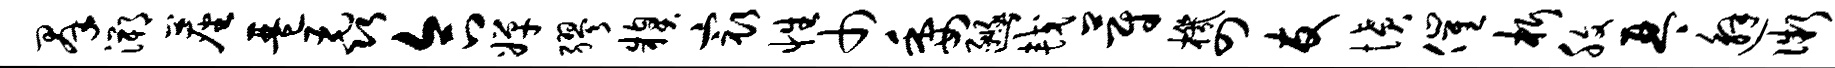
群溯尘琶毳合婵缪糗最性巾委豳较蔚机四友愤催析腹琴邂微